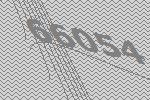
66054